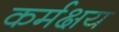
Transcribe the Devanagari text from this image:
कर्मक्षय